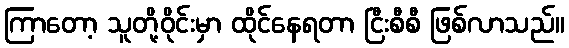
ကြာတော့ သူတို့ဝိုင်းမှာ ထိုင်နေရတာ ငြီးစီစီ ဖြစ်လာသည်။